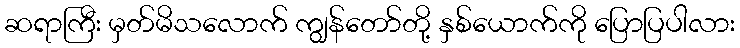
ဆရာကြီး မှတ်မိသလောက် ကျွန်တော်တို့ နှစ်ယောက်ကို ပြောပြပါလား